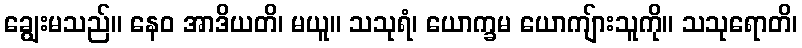
ချွေးမသည်။ နေဝ အာဒိယတိ၊ မယူ။ သသုရံ၊ ယောက္ခမ ယောကျ်ားသူကို။ သသုရောတိ၊